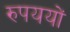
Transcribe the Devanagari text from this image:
रुपययों